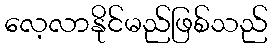
လေ့လာနိုင်မည်ဖြစ်သည်